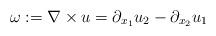
LaTeX: \begin{align*} \omega:=\nabla\times u= \partial_{x_1} u_{2} - \partial_{x_2} u_{1} \end{align*}